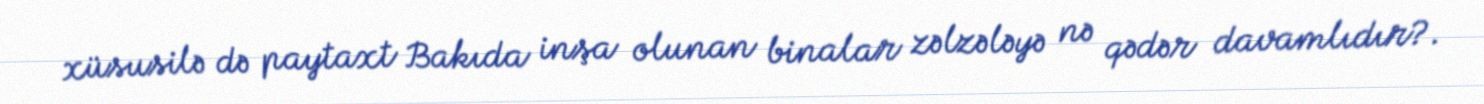
xüsusilə də paytaxt Bakıda inşa olunan binalar zəlzələyə nə qədər davamlıdır?.